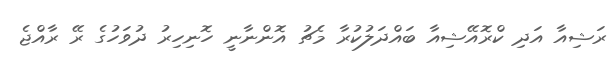
ރަޝިއާ އަދި ކްރޮއޭޝިއާ ބައްދަލުކުރާ މެޗު އޮންނާނީ ހޮނިހިރު ދުވަހުގެ ރޭ ރާއްޖެ